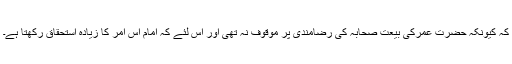
کہ کیونکہ حضرت عمرکی بیعت صحابہ کی رضامندی پر موقوف نہ تھی اور اس لئے کہ امام اس امر کا زیادہ استحقاق رکھتا ہے۔